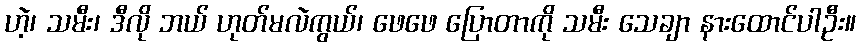
ဟဲ့၊ သမီး၊ ဒီလို ဘယ် ဟုတ်မလဲကွယ်၊ ဖေဖေ ပြောတာကို သမီး သေချာ နားထောင်ပါဦး။